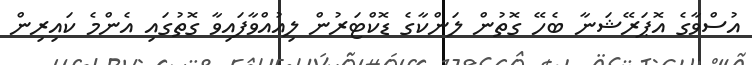
އުސްވާގެ އޮޕަރޭޝަނާ ބެހޭ ގޮތުން ލަންކާގެ ޑޮކްޓަރުން ލިއުއްވާފައިވާ ގޮތުގައި އެންމެ ކައިރިން